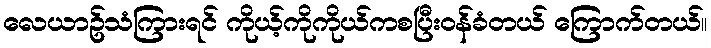
လေယာဥ်သံကြားရင် ကိုယ့်ကိုကိုယ်ကစပြီးဝန်ခံတယ် ကြောက်တယ်။